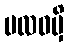
ဗလဝမှိ